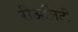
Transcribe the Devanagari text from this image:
रीअलिटी